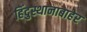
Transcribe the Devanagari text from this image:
हिंदुस्थानाबाहेर